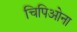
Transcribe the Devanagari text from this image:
चिपिओना